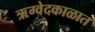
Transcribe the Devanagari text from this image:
ऋग्वेदकाळात